Civil Veterinary Department. United Provinces 1932-42 - 1932-1942
Year: 1932
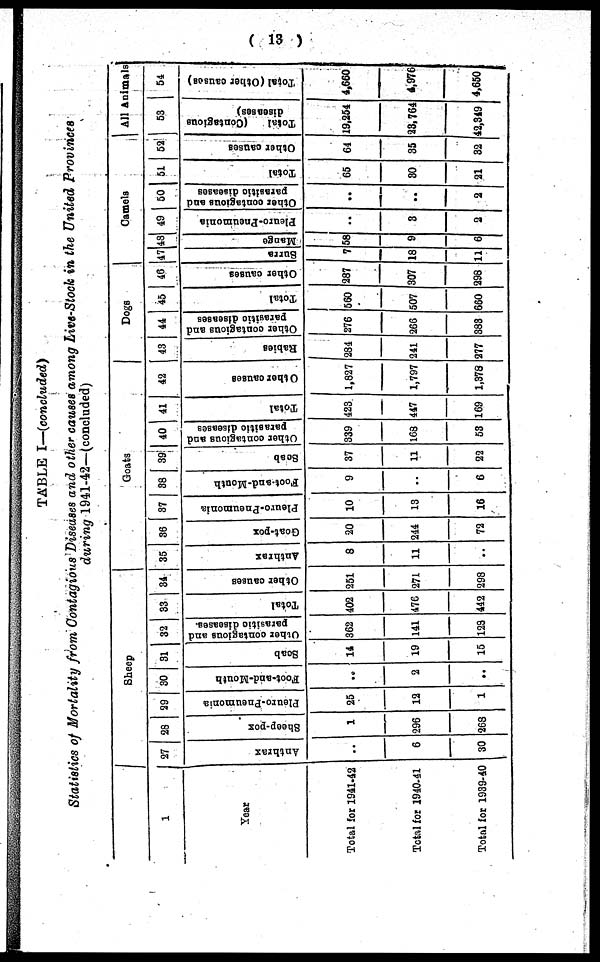
( 13 )
TABLE I—(concluded)
Statistics of Mortality from Contagious Diseases and other causes among Live-Stock in the United Provinces
during 1941-42—(concluded)
1
Year
Total for 1941-42
Total for 1940-41
Total for 1939-40
Sheep
27
Anthrax
..
6
30
28
Sheep-pox
1
296
268
29
Pleuro-Pneumonia
25
12
1
30
Foot-and-Mouth
..
2
..
31
Soab
14
19
15
32
Other contagious and
parasitic diseases.
362
141
128
33
Total
402
476
442
34
Other causes
251
271
298
Goats
35
Anthrax
8
11
..
36
Goat-pox
20
244
72
37
Pleuro-pneumonia
10
13
16
38
Foot-and-Mouth
9
..
6
39
Soab
37
11
22
40
Other contagious and
parasitic diseases
339
168
53
41
Total
423
447
169
42
Other causes
1,827
1,797
1,378
Dogs
43
Babies
284
241
277
44
Other contagious and
parasitic diseases
276
266
383
45
Total
560
507
660
46
Other causes
287
307
298
Camels
47
Surra
7
18
11
43
Mange
58
9
6
49
Pleuro-pneumonia
..
3
2
50
Other contagious and
parasitic diseases
..
..
2
51
Total
65
30
21
52
Other causes
64
35
32
All Animals
53
Total
(Contagious
diseases)
19,254
28,764
42,349
54
Total (Other causes)
4,660
4,976
4,650